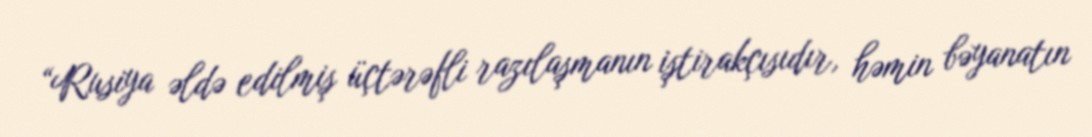
“Rusiya əldə edilmiş üçtərəfli razılaşmanın iştirakçısıdır, həmin bəyanatın